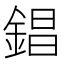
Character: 錩